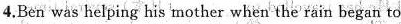
4.Ben was helping his mother when the rain began to